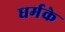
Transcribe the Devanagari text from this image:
धर्मके